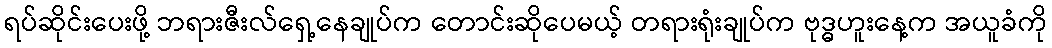
ရပ်ဆိုင်းပေးဖို့ ဘရားဇီးလ်ရှေ့နေချုပ်က တောင်းဆိုပေမယ့် တရားရုံးချုပ်က ဗုဒ္ဓဟူးနေ့က အယူခံကို